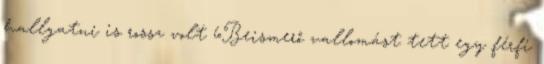
hallgatni is rossz volt 6Beismerő vallomást tett egy férfi